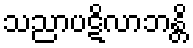
သညာပဋိလာဘန္တိ